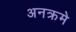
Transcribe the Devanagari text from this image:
अनक्रमे